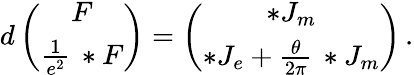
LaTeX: d\left(\begin{array}{c}{{F}}\\ {{\frac{1}{e^{2}}\, *F}}\end{array}\right)=\left(\begin{array}{c}{{*J_{m}}}\\ {{*J_{e}+\frac{\theta}{2\pi}\, *J_{m}}}\end{array}\right)\, .